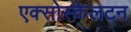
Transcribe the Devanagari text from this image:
एक्सोस्केलटन